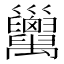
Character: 𢀏